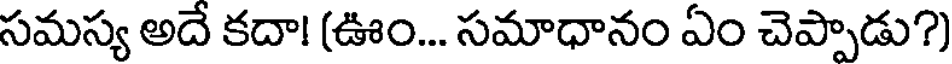
సమస్య అదే కదా! (ఊం... సమాధానం ఏం చెప్పాడు?)